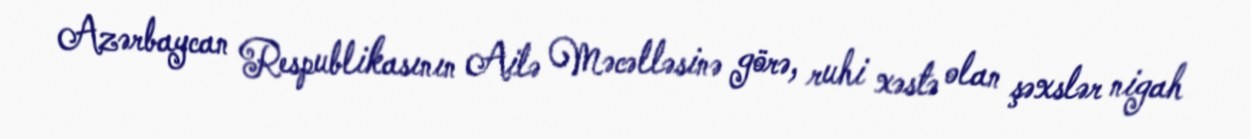
Azərbaycan Respublikasının Ailə Məcəlləsinə görə, ruhi xəstə olan şəxslər nigah